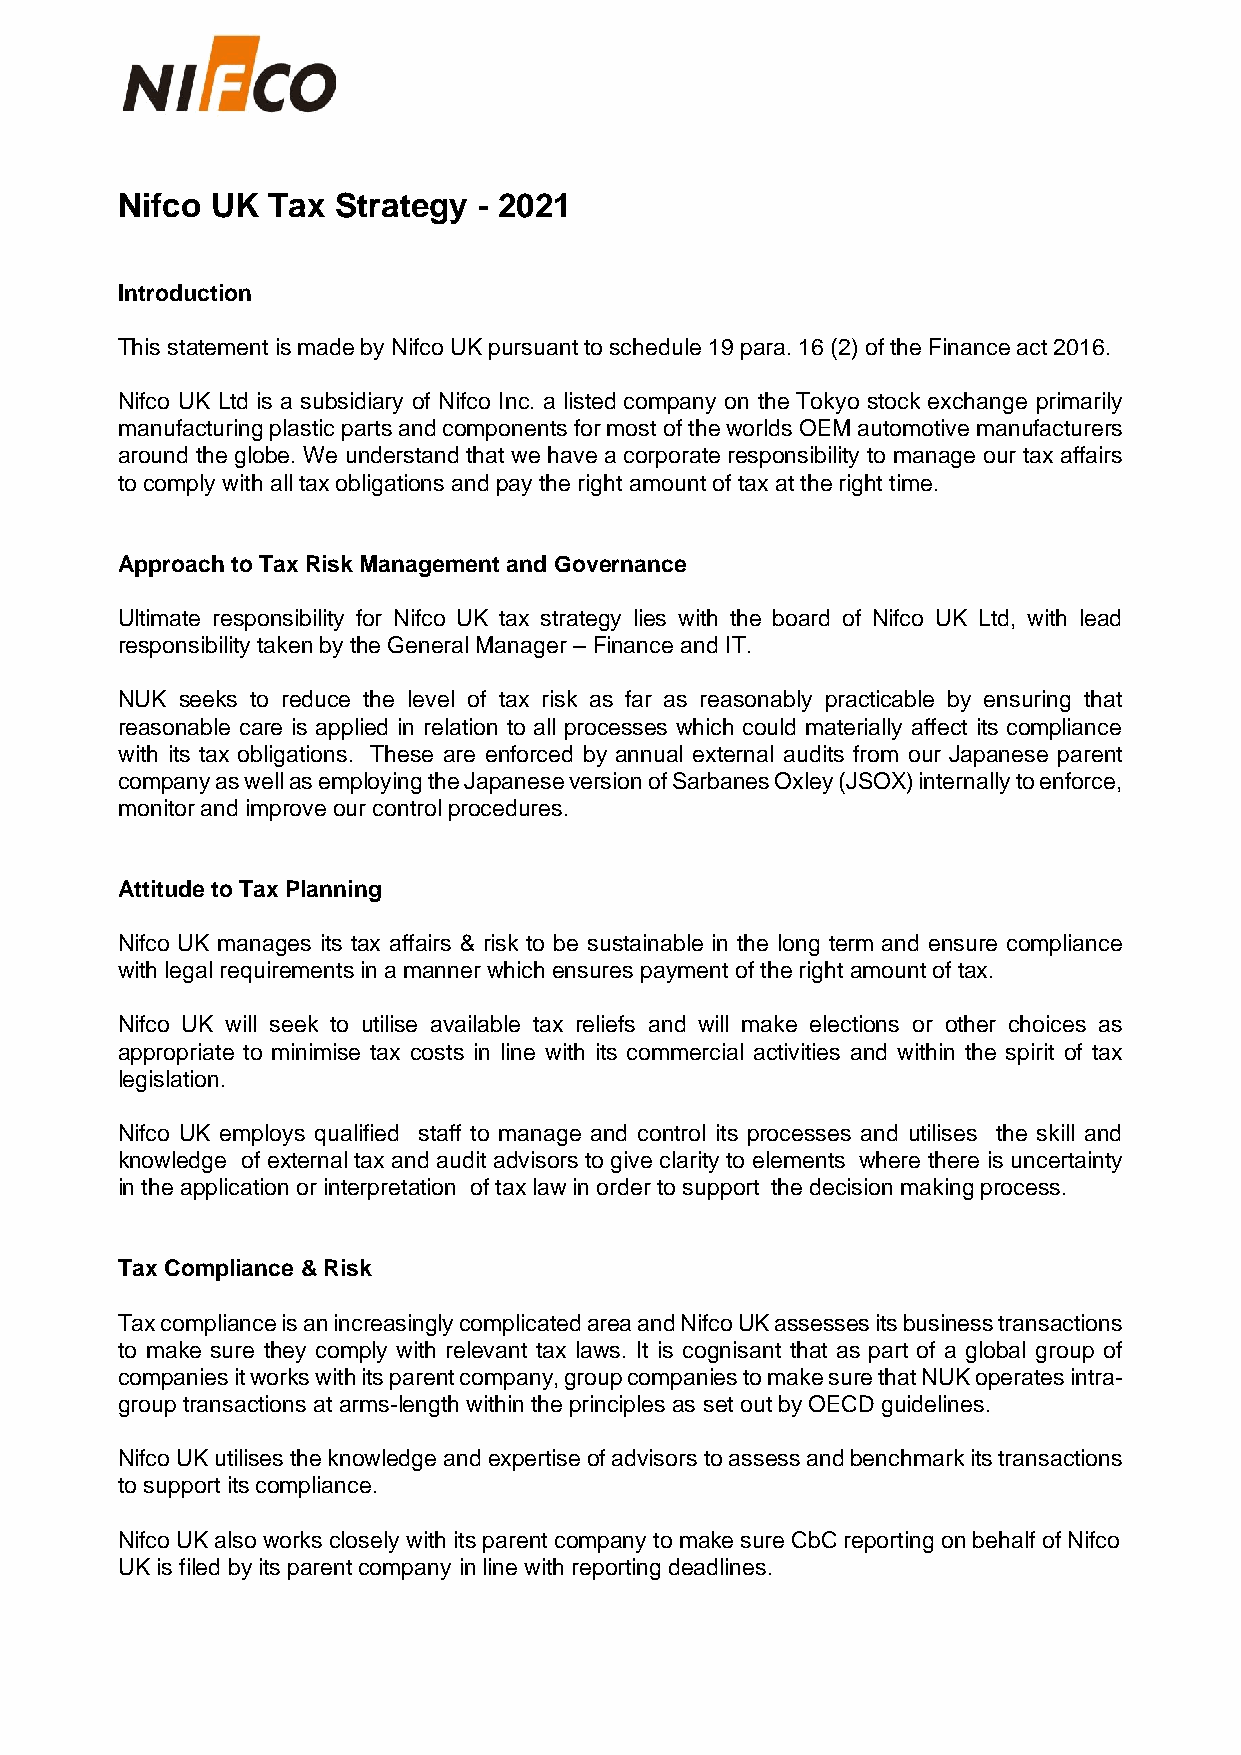
Nifco UK  Tax Strategy  - 2021
 Introduction
 This statement is made by Nifco UK pursuant to schedule 19 para. 16 (2) of the Finance act 2016.
 Nifco UK Ltd is a subsidiary of Nifco Inc. a listed company on the Tokyo stock exchange primarily
 manufacturing plastic parts and components for most of the worlds OEM automotive manufacturers
 around the globe. We understand that we have a corporate responsibility to manage our tax affairs
 to comply with all tax obligations and pay the right amount of tax at the right time.
 Approach to Tax Risk Management and Governance
 Ultimate responsibility for Nifco UK tax strategy lies with the board of Nifco UK Ltd, with lead
 responsibility taken by the General Manager – Finance and IT.
 NUK seeks to reduce the level of tax risk as far as reasonably practicable by ensuring that
 reasonable care is applied in relation to all processes which could materially affect its compliance
 with its tax obligations. These are enforced by annual external audits from our Japanese parent
 company as well as employing the Japanese version of Sarbanes Oxley (JSOX) internally to enforce,
 monitor and improve our control procedures.
 Attitude to Tax Planning
 Nifco UK manages its tax affairs & risk to be sustainable in the long term and ensure compliance
 with legal requirements in a manner which ensures payment of the right amount of tax.
 Nifco UK will seek to utilise available tax reliefs and will make elections or other choices as
 appropriate to minimise tax costs in line with its commercial activities and within the spirit of tax
 legislation.
 Nifco UK employs qualified staff to manage and control its processes and utilises the skill and
 knowledge of external tax and audit advisors to give clarity to elements where there is uncertainty
 in the application or interpretation of tax law in order to support the decision making process.
 Tax Compliance & Risk
 Tax compliance is an increasingly complicated area and Nifco UK assesses its business transactions
 to make sure they comply with relevant tax laws. It is cognisant that as part of a global group of
 companies it works with its parent company, group companies to make sure that NUK operates intra-
 group transactions at arms-length within the principles as set out by OECD guidelines.
 Nifco UK utilises the knowledge and expertise of advisors to assess and benchmark its transactions
 to support its compliance.
 Nifco UK also works closely with its parent company to make sure CbC reporting on behalf of Nifco
 UK is filed by its parent company in line with reporting deadlines.